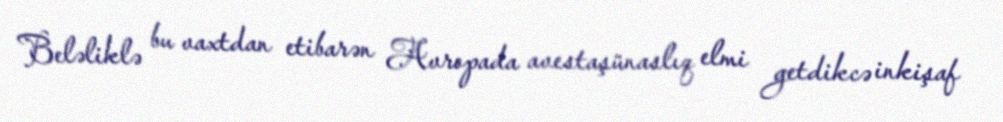
Beləliklə bu vaxtdan etibarən Avropada avestaşünaslıq elmi getdikcə inkişaf